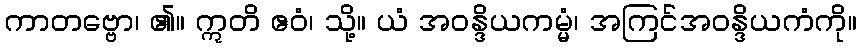
ကာတဗ္ဗော၊ ၏။ ဣတိ ဧဝံ၊ သို့။ ယံ အဝန္ဒိယကမ္မံ၊ အကြင်အဝန္ဒိယကံကို။